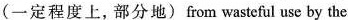
(一定程度上,部分地)from wasteful use by the